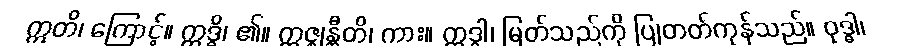
ဣတိ၊ ကြောင့်။ ဣဒ္ဓိ၊ ၏။ ဣဇ္ဈန္တီတိ၊ ကား။ ဣဒ္ဓါ၊ မြတ်သည်ကို ပြုတတ်ကုန်သည်။ ဝုဒ္ဓါ၊